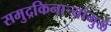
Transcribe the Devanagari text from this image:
समुद्रकिनार्‍यांमुळे